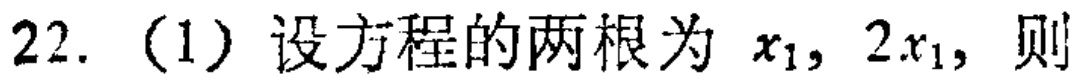
22. (1) 设方程的两根为 \(x_1,2x_1\)，则